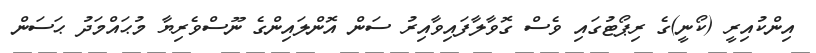
އިންކުއިރީ (ކޯނީ)ގެ ރިޕޯޓުގައި ވެސް ގޮވާލާފައިވާއިރު ސަން އޮންލައިންގެ ނޫސްވެރިޔާ މުޙައްމަދު ޙަސަން